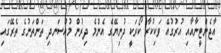
އާޖެންޓީނާއާއި އުރުގުއޭ ވަކިކުރާ ކޯރަކީ ދުނިޔޭގެ އެންމެ ދިރުން މުއްސަނދި ތަންތަނުގެ ތެރޭގައި